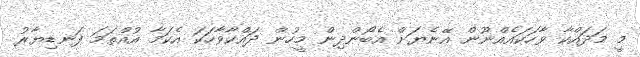
މީ މަދައްކާ ވާހަކައެއްނޫން އޭނެޔަށް އެބޯންދިން މީހުން ދައްކާވާހަކަ އެކަމާ އުއްތަމަ ފަނޑިޔާރު